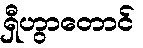
ရှီဟွာတောင်